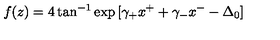
f ( z ) = 4 \tan ^ { - 1 } \exp { [ \gamma _ { + } x ^ { + } + \gamma _ { - } x ^ { - } - \Delta _ { 0 } ] }